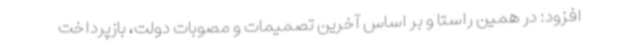
افزود: در همین راستا و بر اساس آخرین تصمیمات و مصوبات دولت، بازپرداخت